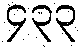
၄၃၃